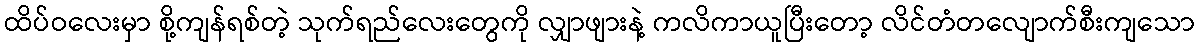
ထိပ်ဝလေးမှာ စို့ကျန်ရစ်တဲ့ သုက်ရည်လေးတွေကို လျှာဖျားနဲ့ ကလိကာယူပြီးတော့ လိင်တံတလျောက်စီးကျသော